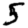
Digit: 5